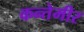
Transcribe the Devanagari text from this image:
कन्तेमीर